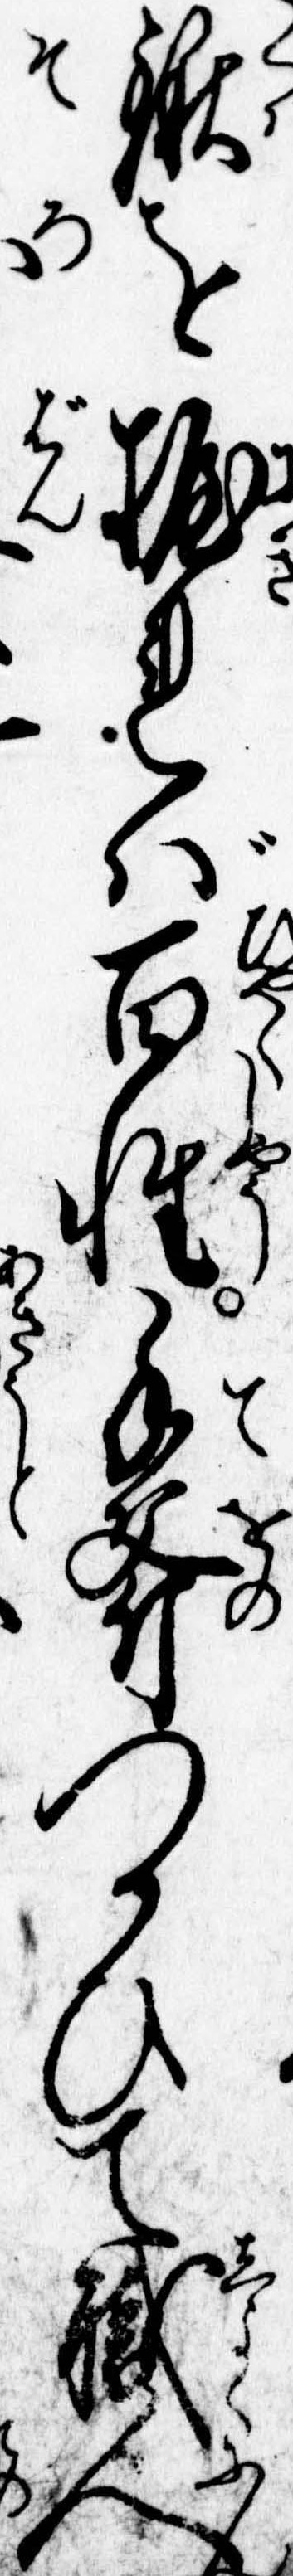
鍬を握れば百姓手斧つかひて職人